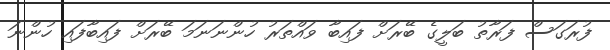
ފުރަގަސް ފަރާތު ބަލީގެ ބޭރަށް ފައިބާ ވައްތަރު ހުންނަނަމަ ބޭރަށް ފައިބާފައި ހުންނަ